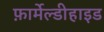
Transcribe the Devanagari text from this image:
फ़ार्मेल्डीहाइड